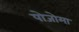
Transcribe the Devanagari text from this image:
पोजोमा